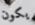
يكون